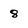
Character: 8